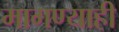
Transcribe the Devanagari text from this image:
मागण्याही